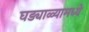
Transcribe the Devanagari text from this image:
घड्याळ्यामध्ये